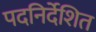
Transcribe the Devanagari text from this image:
पदनिर्देशित